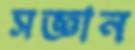
সজ্ঞান